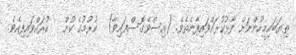
ތިޔަބައިމީހުންނަށް ފާޅުކުރައްވައިފާނެތެވެ. (އިސްވެގޮސްފައިވާ)  ކުރުމުގެ ކުށް   ކުރައްވައިފިއެވެ.